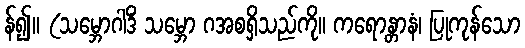
န်၍။ (သမ္ဘောဂါဒိံ သမ္ဘော ဂအစရှိသည်ကို။ ကရောန္တာနံ၊ ပြုကုန်သော